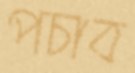
পচাব